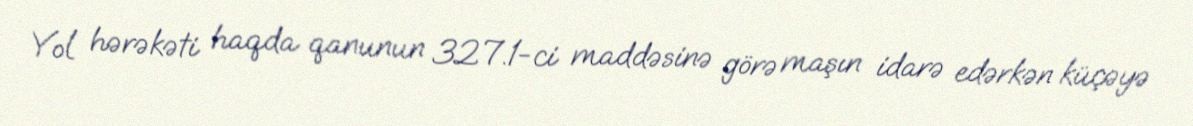
Yol hərəkəti haqda qanunun 327.1-ci maddəsinə görə maşın idarə edərkən küçəyə